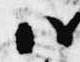
ハ